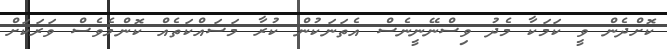
ކޮށްދެން ވީ ކަމަކާ މެދު ވިސްނޭނީނެސް އެތަނަކުން ކުރާ މަސައްކަތެއް ކޮންމެވެސް ވަރަކަށް